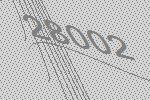
28002